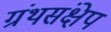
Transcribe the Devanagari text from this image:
ग्रंथसंक्षेप